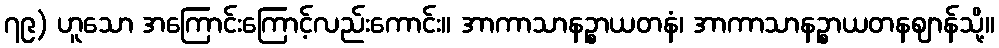
၇၉) ဟူသော အကြောင်းကြောင့်လည်းကောင်း။ အာကာသာနဉ္စာယတနံ၊ အာကာသာနဉ္စာယတနဈာန်သို့။